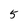
Character: 5